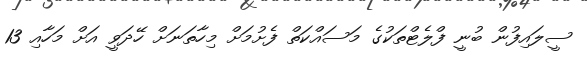
ސީލައިފުން ބުނީ ފްލެޓްތަކުގެ މަސައްކަތް ފެށުމަށް މިހާތަނަށް ހޭދަވީ އަށް މަހާއި 13